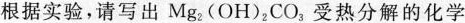
根据实验，请写出Mg_{2}(OH)_{2}CO_{3}，受热分解的化学